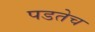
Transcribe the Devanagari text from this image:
पडतेच